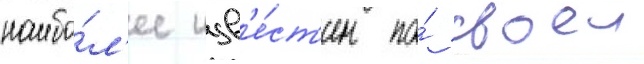
наибо́л'ее изв'е́ст'ен по́ своеи